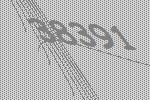
38391